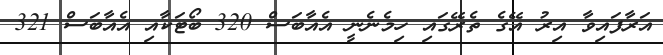
އަރާފައިވާ އިރު އޭގެ ތެރޭގައި ހިމެނެނީ އެއާބަސް 320 ބޯޓަކާއި އެއާބަސް 321